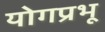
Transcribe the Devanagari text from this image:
योगप्रभू